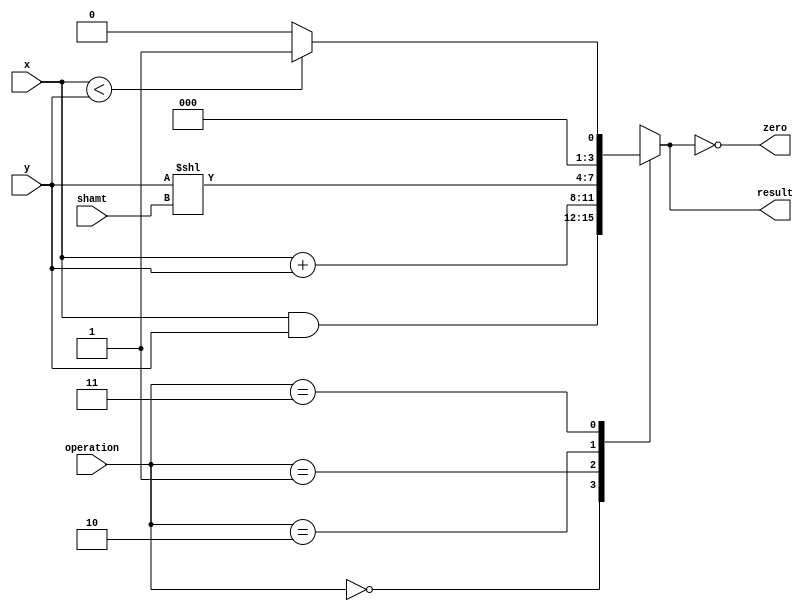
`timescale 1ns / 1ps
//////////////////////////////////////////////////////////////////////////////////
// Company: 
// Engineer: 
// 
// Design Name: 
// Module Name: alu
// Project Name: 
// Target Devices: 
// Tool Versions: 
// Description: 
// 
// Dependencies: 
// 
// Revision:
// Revision 0.01 - File Created
// Additional Comments:
// 
//////////////////////////////////////////////////////////////////////////////////

`define ALU_AND 2'b00
`define ALU_ADD 2'b01
`define ALU_SLL 2'b10
`define ALU_SLT 2'b11

module alu
#(
    parameter WIDTH = 4,
    parameter SHIFT = 2
)
(
    input [WIDTH-1:0] x, y,
    input [SHIFT-1:0] shamt,
    input [1:0] operation,
    output zero,
    output reg [WIDTH-1:0] result
);

    always @ (*)
    begin
        case (operation)
            `ALU_AND : result = x & y;
            `ALU_ADD : result = x + y;
            `ALU_SLL : result = y << shamt;
            `ALU_SLT : result = (x < y) ? 1 : 0;
        endcase
    end
    
    assign zero = (result == 0);
endmodule